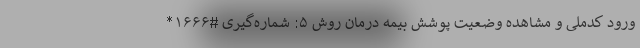
ورود کدملی و مشاهده وضعیت پوشش بیمه درمان روش ۵: شماره‌گیری #۱۶۶۶*